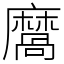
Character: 𪎩